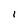
Character: l